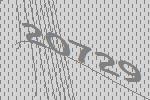
20729